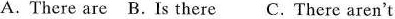
A. There are B.Is there C. There aren't